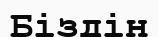
Біздін